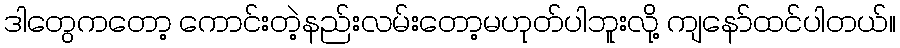
ဒါတွေကတော့ ကောင်းတဲ့နည်းလမ်းတော့မဟုတ်ပါဘူးလို့ ကျနော်ထင်ပါတယ်။